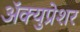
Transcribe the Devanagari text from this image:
ॲक्युप्रेशर